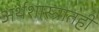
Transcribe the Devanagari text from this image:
अर्थशास्त्रातही